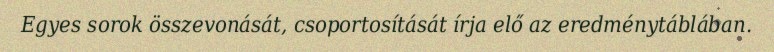
Egyes sorok összevonását, csoportosítását írja elő az eredménytáblában.